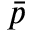
\bar { p }